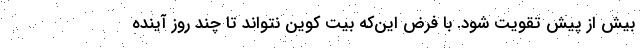
بیش از پیش تقویت شود. با فرض این‌که بیت کوین نتواند تا چند روز آینده